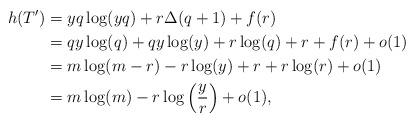
LaTeX: \begin{align*} h(T')&=yq \log(yq) + r \Delta(q+1) +f(r)\\ &=qy \log(q)+ qy\log(y)+r \log(q) +r+f(r) +o(1) \\ &= m\log(m-r)-r \log(y) +r+r \log(r) +o(1)\\ &= m\log(m)-r\log\left( \frac yr \right)+o(1), \end{align*}